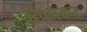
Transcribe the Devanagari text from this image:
खिलकर